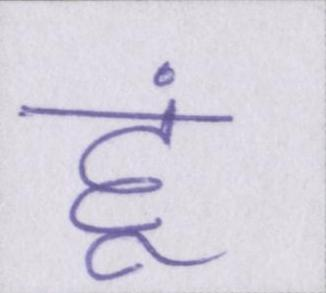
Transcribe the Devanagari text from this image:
हूं